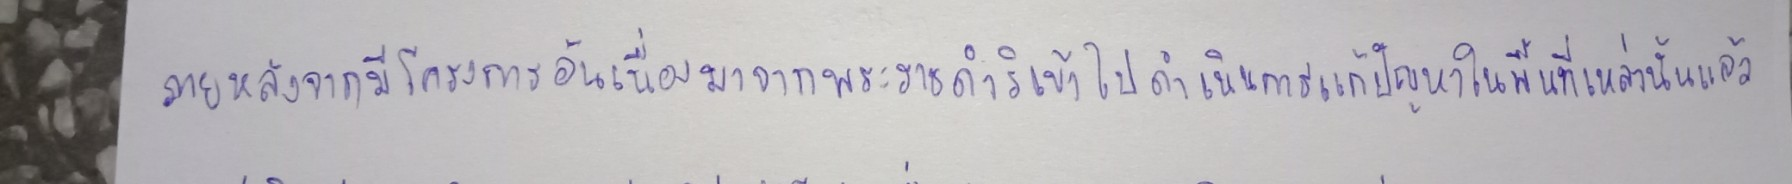
ภายหลังจากที่มีโครงการอันเนื่องมาจากพระราชดำริเข้าไปดำเนินการแก้ปัญหาในพื้นที่เหล่านั้นแล้ว